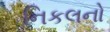
નિકલનો